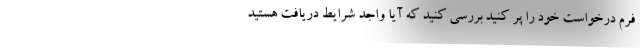
فرم درخواست خود را پر کنید بررسی کنید که آیا واجد شرایط دریافت هستید